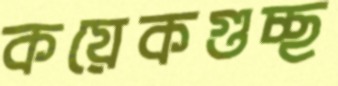
কয়েকগুচ্ছ